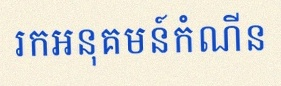
រកអនុគមន៍កំណើន